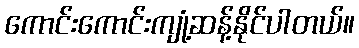
ကောင်းကောင်းကျုံ့ဆန့်နိုင်ပါတယ်။